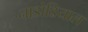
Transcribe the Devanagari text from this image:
नाडोडियाल